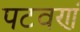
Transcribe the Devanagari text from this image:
पटवणं